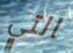
التي